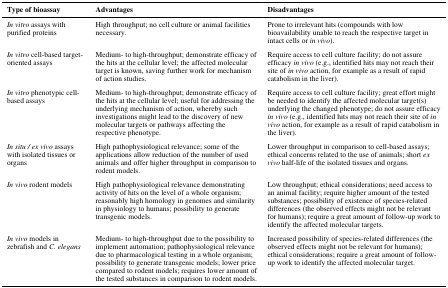
<table><thead><tr><td><b>Type of bioassay</b></td><td><b>Advantages</b></td><td><b>Disadvantages</b></td></tr></thead><tbody><tr><td><i>In vitro</i> assays with purified proteins</td><td>High throughput; no cell culture or animal facilities necessary.</td><td>Prone to irrelevant hits (compounds with low bioavailability unable to reach the respective target in intact cells or <i>in vivo</i>).</td></tr><tr><td><i>In vitro</i> cell-based target-oriented assays</td><td>Medium- to high-throughput; demonstrate efficacy of the hits at the cellular level; the affected molecular target is known, saving further work for mechanism of action studies.</td><td>Require access to cell culture facility; do not assure efficacy <i>in vivo</i> (e.g., identified hits may not reach their site of <i>in vivo</i> action, for example as a result of rapid catabolism in the liver).</td></tr><tr><td><i>In vitro</i> phenotypic cell-based assays</td><td>Medium- to high-throughput; demonstrate efficacy of the hits at the cellular level; useful for addressing the underlying mechanism of action, whereby such investigations might lead to the discovery of new molecular targets or pathways affecting the respective phenotype.</td><td>Require access to cell culture facility; great effort might be needed to identify the affected molecular target(s) underlying the changed phenotype; do not assure efficacy <i>in vivo</i> (e.g., identified hits may not reach their site of <i>in vivo</i> action, for example as a result of rapid catabolism in the liver).</td></tr><tr><td><i>In situ / ex vivo</i> assays with isolated tissues or organs</td><td>High pathophysiological relevance; some of the applications allow reduction of the number of used animals and offer higher throughput in comparison to rodent models.</td><td>Lower throughput in comparison to cell-based assays; ethical concerns related to the use of animals; short <i>ex vivo</i> half-life of the isolated tissues and organs.</td></tr><tr><td><i>In vivo</i> rodent models</td><td>High pathophysiological relevance demonstrating activity of hits on the level of a whole organism; reasonably high homology in genomes and similarity in physiology to humans; possibility to generate transgenic models.</td><td>Low throughput; ethical considerations; need access to an animal facility; require higher amount of the tested substances; possibility of existence of species-related differences (the observed effects might not be relevant for humans); require a great amount of follow-up work to identify the affected molecular targets.</td></tr><tr><td><i>In vivo</i> models in zebrafish and <i>C. elegans</i></td><td>Medium- to high-throughput due to the possibility to implement automation; pathophysiological relevance due to pharmacological testing in a whole organism; possibility to generate transgenic models; lower price compared to rodent models; requires lower amount of the tested substances in comparison to rodent models.</td><td>Increased possibility of species-related differences (the observed effects might not be relevant for humans); ethical considerations; require a great amount of follow-up work to identify the affected molecular target.</td></tr></tbody></table>